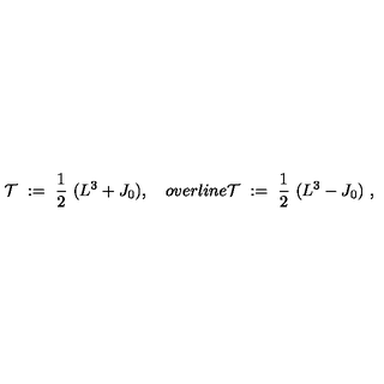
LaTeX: { \mathcal T } \ : = \ \frac 1 2 \ ( L ^ { 3 } + J _ { 0 } ) , \quad o v e r l i n e { \mathcal T } \ : = \ \frac 1 2 \ ( L ^ { 3 } - J _ { 0 } ) \ ,